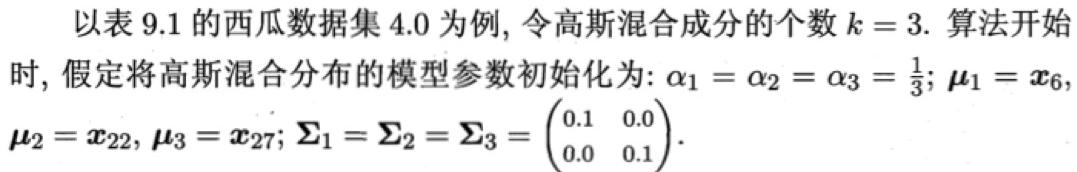
以表 9.1 的西瓜数据集 4.0 为例, 令高斯混合成分的个数 $k = 3$. 算法开始时, 假定将高斯混合分布的模型参数初始化为: $\alpha_1 = \alpha_2 = \alpha_3 = \frac{1}{3}; \boldsymbol{\mu}_1 = \boldsymbol{x}_6, \boldsymbol{\mu}_2 = \boldsymbol{x}_{22}, \boldsymbol{\mu}_3 = \boldsymbol{x}_{27}; \boldsymbol{\Sigma}_1 = \boldsymbol{\Sigma}_2 = \boldsymbol{\Sigma}_3 = \begin{pmatrix} 0.1 & 0.0 \\ 0.0 & 0.1 \end{pmatrix}.$